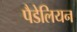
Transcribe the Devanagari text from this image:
पैडेलियन